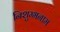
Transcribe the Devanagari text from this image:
निशुम्भनाम